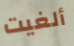
ألغيت